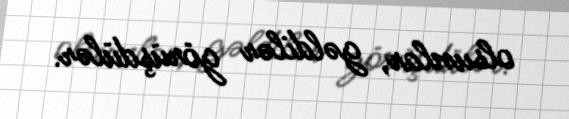
olsunlar, gəldilər görüşdülər.